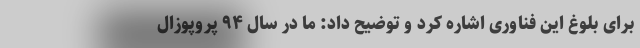
برای بلوغ این فناوری اشاره کرد و توضیح داد: ما در سال ۹۴ پروپوزال